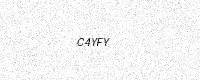
Text: C4YFY